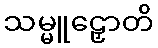
သမ္မူဠှောတိ